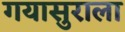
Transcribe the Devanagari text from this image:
गयासुराला